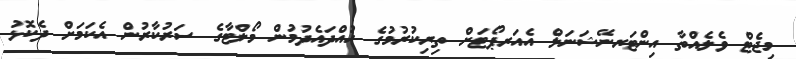
މިޖެޓް ވެލެއްތާ އިންޓަރނޭޝަނަލް އެއަރޕޯޓަށް ތިރިކުރުމުގެ ހުއްދައެދުމުން މޯލްޓާގެ ސަރުކާރުން އެކަމަށް ދެކޮޅު